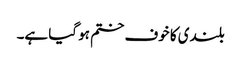
بلندی کا خوف ختم ہو گیا ہے۔